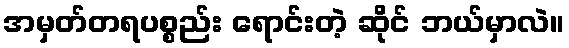
အမှတ်တရပစ္စည်း ရောင်းတဲ့ ဆိုင် ဘယ်မှာလဲ။